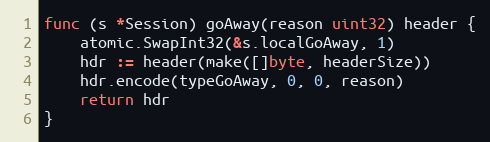
Language: Go
func (s *Session) goAway(reason uint32) header {
	atomic.SwapInt32(&s.localGoAway, 1)
	hdr := header(make([]byte, headerSize))
	hdr.encode(typeGoAway, 0, 0, reason)
	return hdr
}